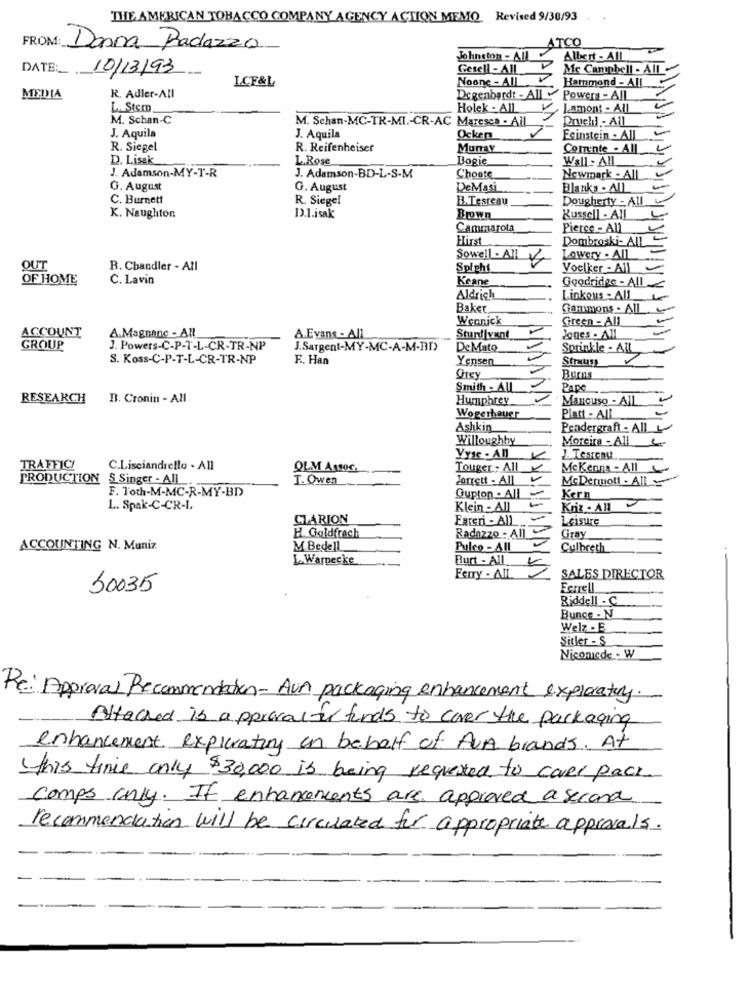
THE AMERICAN TOBACCO COMPANY AGENCY ACTION MEMO Revised 9/30/93
ATCO
FROM: Donna Radazza
Johnston - All
Albert - AII
DATE: 10/13/93
Gesell - All
Me Campbell - All
LCF&L
Noone - All
Hammond - All
Degenbardt - All
MEDIA
R. Adler-All
Powers - All
L. Stem
Holek - All
Lamont - All
M. Schan-C
M. Schan-MC-TR-MI .- CR-AC Maresca - All
Druchl - All
J. Aquila
J. Aquila
Ocker
Feinstein . All
R. Siegel
R. Reifenheiser
Mungy
Comente - All
D. Lisak_
L.Rose
Bogie
Wall - All
Choate
J. Adamson-MY-T-R
J. Adamson-BD-L-S-M
Newmark - All
G. August
G. August
DeMasi
Blanks - All
C. Burnett
R. Siegel
B.Testeau
Dougherty - All
K. Naughton
D.I.isak
Brown
Russell - All
Cammarota
Pierce - All
Hirst
Dombroski- All
Sowell - All
Lowery - All
OUT
B. Chandler - All
Spfeht
Voelker - All
OF HOME
C. Lavin
Keane
Goodridge - AIL
Aldrich
Linkous - All
Baker
Gammons - All
Wennick
Green - All
A.Magnane - All.
ACCOUNT
A.Evans - All
Stur|vant
Jones . All
GROUP
J. Powers-C-P-T-L-CR-TR-NP
J.Sargent-MY-MC-A-M-RD
DeMato
Sprinkle - ALL
S. Koss-C-P-T-L-CR-TR-NP
F. Han
Yensen
Strauss
Grey
Burns
Smith - ALL
Pape
RESEARCH
B. Cronin - All
Humphrey
Mancuso - All
Wogerhauer
Platt - All
Ashkin
Pendergraft - All
Willoughby
Moreira - All
Vyse . All
J. Tesens.
TRAFFICI
C.Lisciandrello . All
OLM Assoc.
Touger : All
Mc Kenna - All
PRODUCTION S Singer - All
T. Owen
Jarrett - All
McDermott - All
F. Toth-M-MC-R-MY-BD
Qupton . All
Kern
L. Spak-C-CR-I.
Klein - All
Kriz - All
CLARION
Fareri - All
Leisure
H. Goldfrach
Radazzo : AIL
Gray
ACCOUNTING N. Muniz
M Bedell
Pulco - AIL
Culbreth
L.Warnecke
Burt - All
Ferry - All
SALES DIRECTOR
50035
Ferrell
Riddell - C
Bunge - N
Welz . E
Sitler - S
Nicomede - W
Re: Approval Recommendation- Aun packaging enhancement exploratory.
Attached is approvaltur funds to cover the packaging
enhancement exploratory on behalf of AVA brands. At
this time only $30,000 is being requested to care pack
comps only. If enhancements are approved a second
recommendation will be circulated for appropriate approvals.